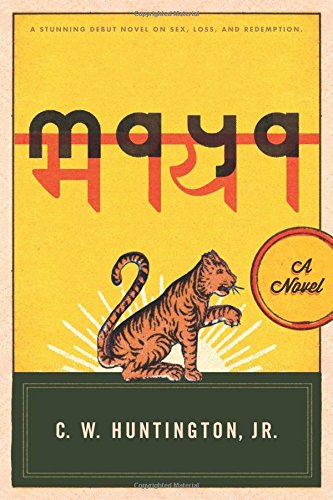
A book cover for Maya: A Novel; C. W. Huntington; Religion & Spirituality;